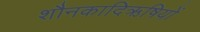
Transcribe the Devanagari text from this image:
शौनकादिऋषियों